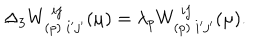
LaTeX: \Delta _ { 3 } W _ { ( p ) \ i ^ { \prime } j ^ { \prime } } ^ { \ i j } ( \mu ) = \lambda _ { p } W _ { ( p ) \ i ^ { \prime } j ^ { \prime } } ^ { \ i j } ( \mu ) .